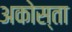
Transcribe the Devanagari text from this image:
अकोस्ता